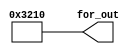
module for_loop (output reg [15:0] for_out);
// Integer, no es un cable que se sintetiza, es simplemente para la iteración del for loop
integer i = 0;
always @ (*) begin
	// Valor por defecto
	for_out = 'b0;
	// For loop utilizado para escribir menos líneas
	// y a la vez que la cantidad de líneas las determine el for loop.
	for(i = 0; i < 4; i = i + 1) begin
		// Indexación por partes, a la izquierda del "+:" el bit inicial,
		// a la derecha del "+:" el tamaño del bus. En el ejemplo, cuando i=0,
		// for_out [4*0 +: 4] = 0; es igual a for_out [3:0] = 0; con 3=0+(4-1)
		// con i=1, for_out [4*1 +: 4] = 4'd1; es igual a for_out [7:4] = 1; con 7=4+(4-1)
		for_out [4*i +: 4] = i;		//parte de 4*i y toma 4 bits a partir de eso
	end
end
endmodule